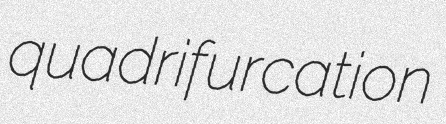
quadrifurcation